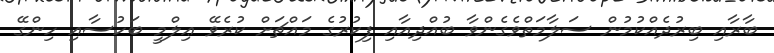
ބާރާއި ބިރުދެއްކުމުން ސަލާމަތްވެގެންވާ ބުއްދިއާއި ފިކުރުގެ މައްޗަށް ކުރެވޭ ޢިލްމީ ބަހުސާއި ހިންގޭ